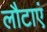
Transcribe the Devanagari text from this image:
लौटाएं